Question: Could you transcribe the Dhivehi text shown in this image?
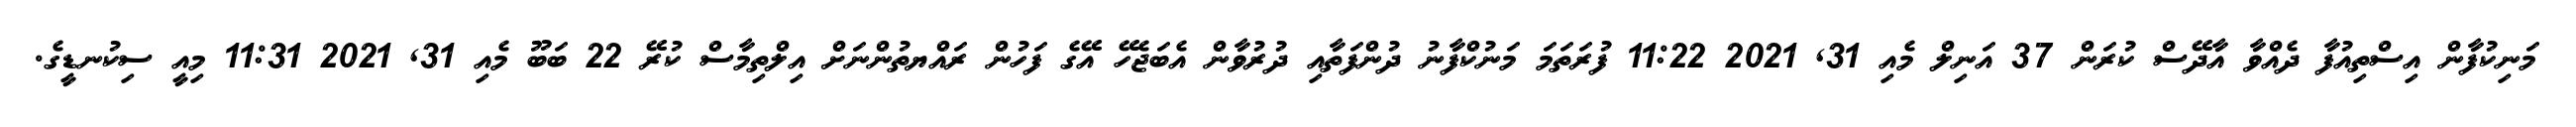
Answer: މަނިކުފާން އިސްތިއުފާ ދެއްވާ އާދޭސް ކުރަން 37 އަނިލް މެއި 31, 2021 11:22 ފުރަތަމަ މަނުކްފާނު ދުންފަތާއި ދުރުވާން އެބަޖެހޭ އޭގެ ފަހުން ރައްޔތުންނަށް އިލްތިމާސް ކުރޭ 22 ބަބޫ މެއި 31, 2021 11:31 މިއީ ސިކުނޑީގެ.